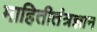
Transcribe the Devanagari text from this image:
माहितीतंत्रज्ञान